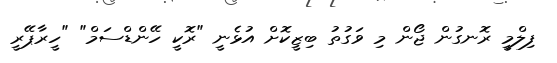
ފިލްމީ ރޮނގުން ޖޯން މި ވަގުތު ބިޒީކޮށް އުޅެނީ "ރޮކީ ހޭންޑްސަމް" "ހީރާޕޭރީ